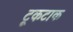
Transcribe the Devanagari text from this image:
टूकटाक